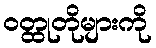
ဝတ္ထုတိုများကို